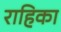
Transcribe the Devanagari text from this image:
राहिका